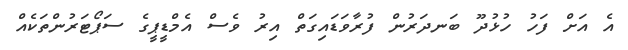
އެ އަށް ފަހު ހުޅުދޫ ބަނދަރުން ފުރާވަޑައިގަތް އިރު ވެސް އެމްޑީޕީގެ ސަޕޯޓަރުންތަކެއް